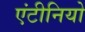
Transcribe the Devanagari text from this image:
एंटीनियो